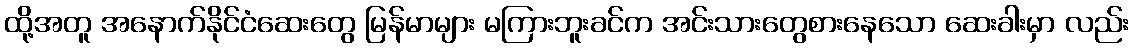
ထို့အတူ အနောက်နိုင်ငံဆေးတွေ မြန်မာများ မကြားဘူးခင်က အင်းသားတွေစားနေသော ဆေးခါးမှာ လည်း